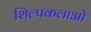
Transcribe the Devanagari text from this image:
शिल्‍पकलाओ